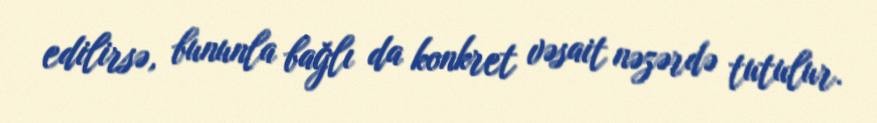
edilirsə, bununla bağlı da konkret vəsait nəzərdə tutulur.